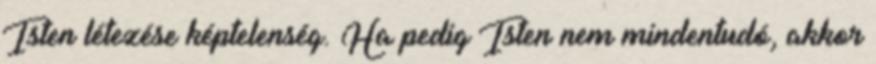
Isten létezése képtelenség. Ha pedig Isten nem mindentudó, akkor